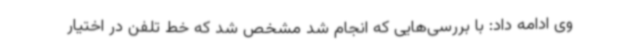
وی ادامه داد: با بررسی‌هایی که انجام شد مشخص شد که خط تلفن در اختیار